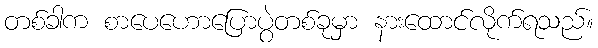
တစ်ခါက စာပေဟောပြောပွဲတစ်ခုမှာ နားထောင်လိုက်ရသည်။